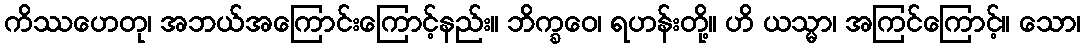
ကိဿဟေတု၊ အဘယ်အကြောင်းကြောင့်နည်း။ ဘိက္ခဝေ၊ ရဟန်းတို့။ ဟိ ယသ္မာ၊ အကြင်ကြောင့်။ သော၊